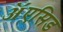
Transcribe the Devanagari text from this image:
ॲएसिड